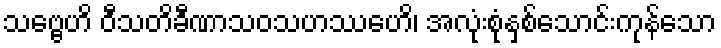
သဗ္ဗေဟိ ဝီသတိခီဏာသဝသဟဿေဟိ၊ အလုံးစုံနှစ်သောင်းကုန်သော